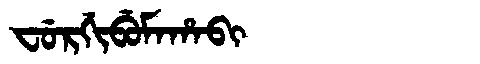
Manchu: ᠸᡠᡵᡤᡳᠪᡠᠮᠠᡥᠠᠪᡳ
Romanization: FURGIBUMAHABI